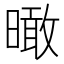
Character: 𣊟